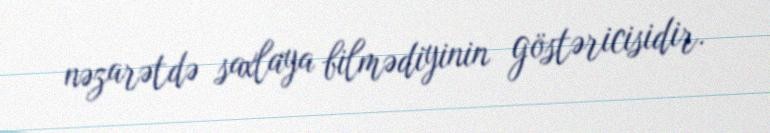
nəzarətdə saxlaya bilmədiyinin göstəricisidir.